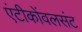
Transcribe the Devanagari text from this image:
एंटीकोंवलसंट